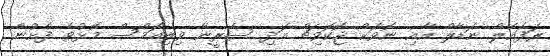
ރަފައެލް ނަޑާލް އާއި ނޮވަކް ޖޮކޮވިޗް އަދި ސެރީނާ ވިލިއަމްސް މޮޅުވެ ފެށުން